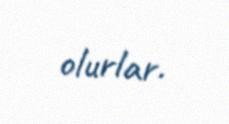
olurlar.